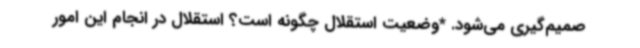
صمیم‌گیری می‌شود. *وضعیت استقلال چگونه است؟ استقلال در انجام این امور